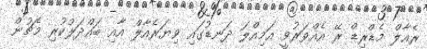
ރެއާލް މެޑްރިޑް ރޭ އެއްވަރުވީ އަމިއްލަ ދަނޑުގައި ވިޔަރެއާލް އާއި ބައްދަލުކުރި މެޗުން